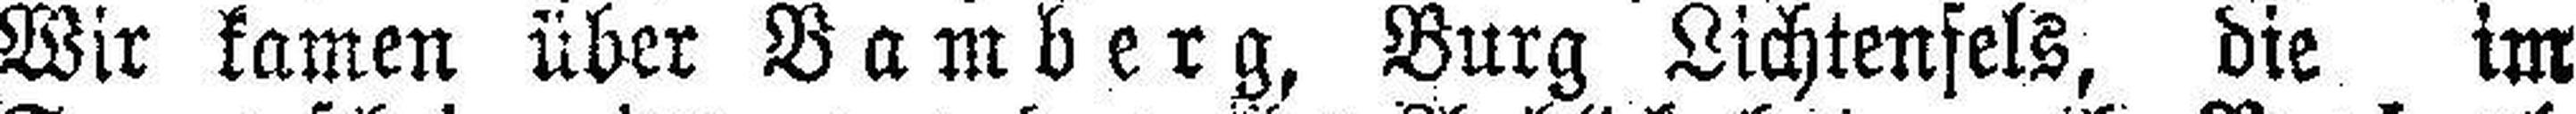
Wir kamen über Bamberg, Burg Lichtenfels, die im